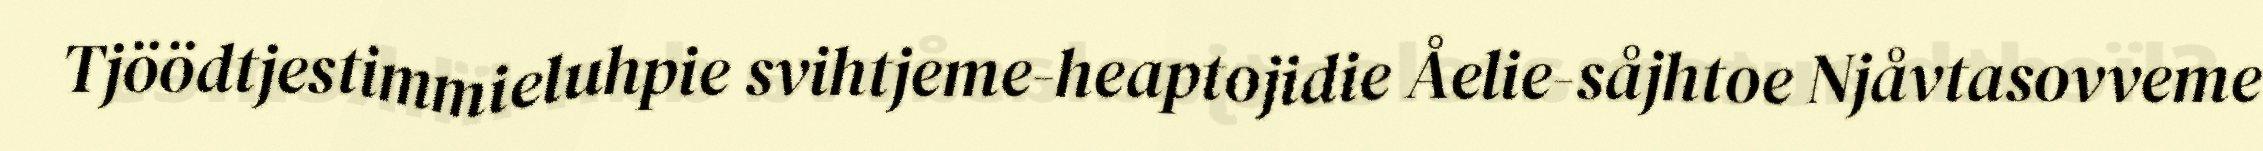
Tjöödtjestimmieluhpie svihtjeme-heaptojidie Åelie-såjhtoe Njåvtasovveme